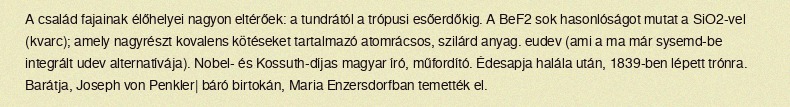
A család fajainak élőhelyei nagyon eltérőek: a tundrától a trópusi esőerdőkig. A BeF2 sok hasonlóságot mutat a SiO2-vel (kvarc); amely nagyrészt kovalens kötéseket tartalmazó atomrácsos, szilárd anyag. eudev (ami a ma már sysemd-be integrált udev alternatívája). Nobel- és Kossuth-díjas magyar író, műfordító. Édesapja halála után, 1839-ben lépett trónra. Barátja, Joseph von Penkler| báró birtokán, Maria Enzersdorfban temették el.